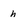
Character: h